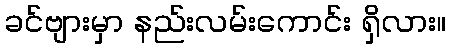
ခင်ဗျားမှာ နည်းလမ်းကောင်း ရှိလား။